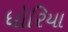
ધોરિયા